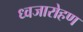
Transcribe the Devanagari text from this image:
ध्‍वजारोहण